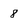
Character: 8